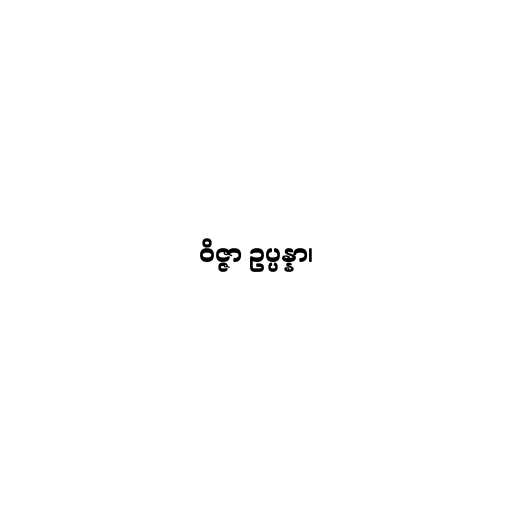
ဝိဇ္ဇာ ဥပ္ပန္နာ၊